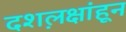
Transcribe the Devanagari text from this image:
दशल़क्षांहून